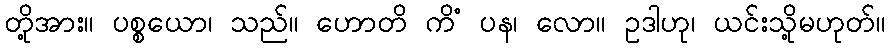
တို့အား။ ပစ္စယော၊ သည်။ ဟောတိ ကိံ ပန၊ လော။ ဥဒါဟု၊ ယင်းသို့မဟုတ်။